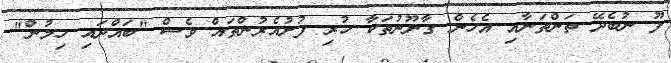
ފޫ ނުބެދޭ ތަންތަނާއި އެހެން ގާނޫނުތަކާ ހުރި ފުށުއެރުންތައް ވެސް "ބައްދައި ހިމުން"